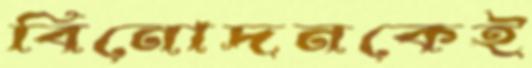
বিনোদনকেই